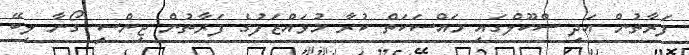
ފަރާތުން އަދި ސްކޫލްގައި މައްސަކަތް ކުރާ މުވައްޒަފުގެ ފަރާތުން ޖިންސީ ގޯނާ ލިބޭ